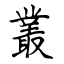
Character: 叢